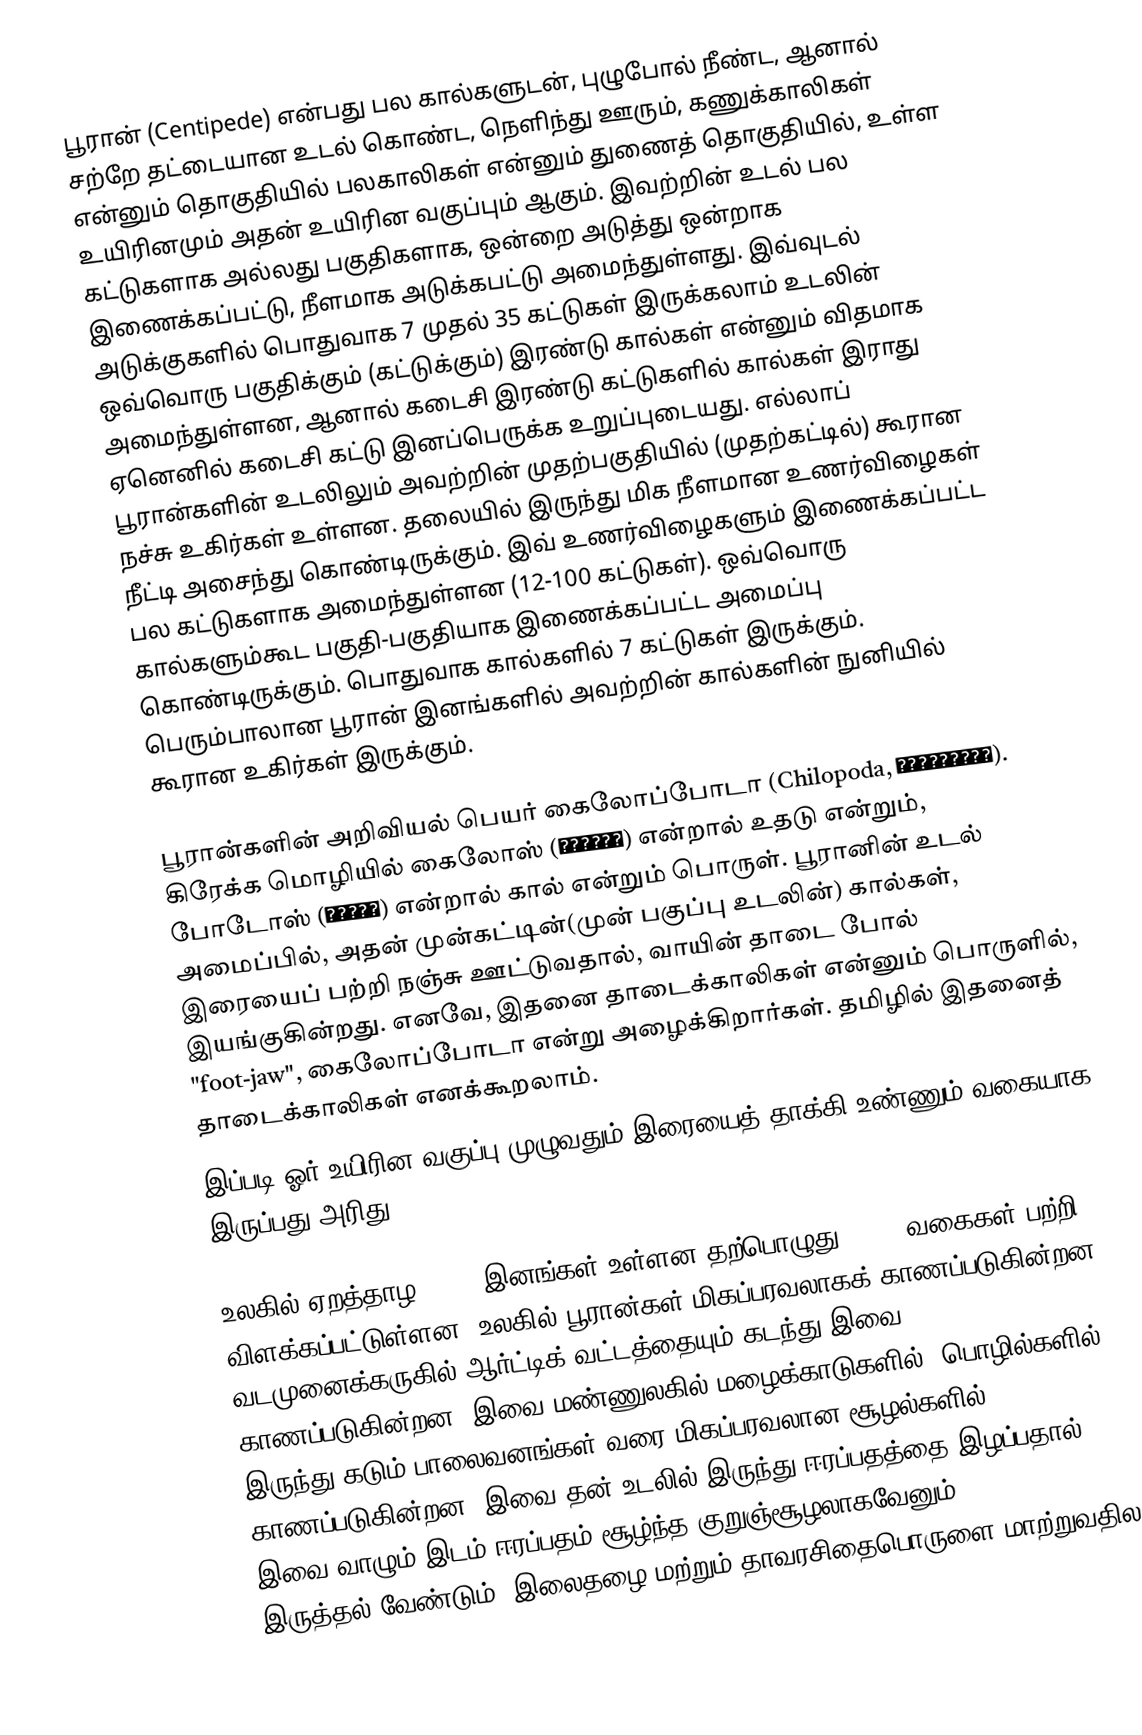
பூரான் (Centipede) என்பது பல கால்களுடன், புழுபோல் நீண்ட, ஆனால் சற்றே தட்டையான உடல் கொண்ட, நெளிந்து ஊரும், கணுக்காலிகள் என்னும் தொகுதியில் பலகாலிகள் என்னும் துணைத் தொகுதியில், உள்ள உயிரினமும் அதன் உயிரின வகுப்பும் ஆகும். இவற்றின் உடல் பல கட்டுகளாக அல்லது பகுதிகளாக, ஒன்றை அடுத்து ஒன்றாக இணைக்கப்பட்டு, நீளமாக அடுக்கபட்டு அமைந்துள்ளது. இவ்வுடல் அடுக்குகளில் பொதுவாக 7 முதல் 35 கட்டுகள் இருக்கலாம் உடலின் ஒவ்வொரு பகுதிக்கும் (கட்டுக்கும்) இரண்டு கால்கள் என்னும் விதமாக அமைந்துள்ளன, ஆனால் கடைசி இரண்டு கட்டுகளில் கால்கள் இராது ஏனெனில் கடைசி கட்டு இனப்பெருக்க உறுப்புடையது. எல்லாப் பூரான்களின் உடலிலும் அவற்றின் முதற்பகுதியில் (முதற்கட்டில்) கூரான நச்சு உகிர்கள் உள்ளன. தலையில் இருந்து மிக நீளமான உணர்விழைகள் நீட்டி அசைந்து கொண்டிருக்கும். இவ் உணர்விழைகளும் இணைக்கப்பட்ட பல கட்டுகளாக அமைந்துள்ளன (12-100 கட்டுகள்). ஒவ்வொரு கால்களும்கூட பகுதி-பகுதியாக இணைக்கப்பட்ட அமைப்பு கொண்டிருக்கும். பொதுவாக கால்களில் 7 கட்டுகள் இருக்கும். பெரும்பாலான பூரான் இனங்களில் அவற்றின் கால்களின் நுனியில் கூரான உகிர்கள் இருக்கும்.

பூரான்களின் அறிவியல் பெயர் கைலோப்போடா (Chilopoda, Χειλόποδα). கிரேக்க மொழியில் கைலோஸ் (Χειλός) என்றால் உதடு என்றும், போடோஸ் (ποδός) என்றால் கால் என்றும் பொருள். பூரானின் உடல் அமைப்பில், அதன் முன்கட்டின்(முன் பகுப்பு உடலின்) கால்கள், இரையைப் பற்றி நஞ்சு ஊட்டுவதால், வாயின் தாடை போல் இயங்குகின்றது. எனவே, இதனை தாடைக்காலிகள் என்னும் பொருளில், "foot-jaw", கைலோப்போடா என்று அழைக்கிறார்கள். தமிழில் இதனைத் தாடைக்காலிகள் எனக்கூறலாம்.
இப்படி ஓர் உயிரின வகுப்பு முழுவதும் இரையைத் தாக்கி உண்ணும் வகையாக இருப்பது அரிது.

உலகில் ஏறத்தாழ 8,000 இனங்கள் உள்ளன தற்பொழுது 3,000 வகைகள் பற்றி விளக்கப்பட்டுள்ளன. உலகில் பூரான்கள் மிகப்பரவலாகக் காணப்படுகின்றன. வடமுனைக்கருகில் ஆர்ட்டிக் வட்டத்தையும் கடந்து இவை காணப்படுகின்றன. இவை மண்ணுலகில் மழைக்காடுகளில் (பொழில்களில்) இருந்து கடும் பாலைவனங்கள் வரை மிகப்பரவலான சூழல்களில் காணப்படுகின்றன. இவை தன் உடலில் இருந்து ஈரப்பதத்தை இழப்பதால், இவை வாழும் இடம் ஈரப்பதம் சூழ்ந்த குறுஞ்சூழலாகவேனும் (microclimate) இருத்தல் வேண்டும். இலைதழை மற்றும் தாவரசிதைபொருளை மாற்றுவதில